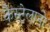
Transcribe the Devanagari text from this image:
कैस्टेलानो